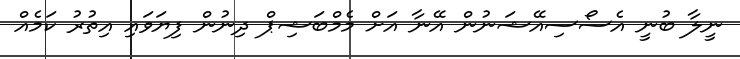
ނީލާ ބުނީ އެސޯސިއޭޝަނުން އޭނާ އަށް މެމްބަޝިޕް ދިނުން ފިޔަވައި އިތުރު ކަމެއް